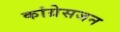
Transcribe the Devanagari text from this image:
कांग्रेसजन